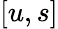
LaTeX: [u,s]